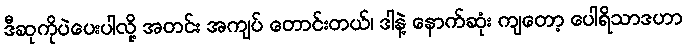
ဒီဆုကိုပဲပေးပါလို့ အတင်း အကျပ် တောင်းတယ်၊ ဒါနဲ့ နောက်ဆုံး ကျတော့ ပေါရိသာဒဟာ